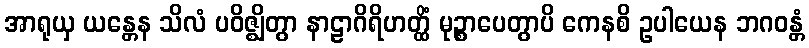
အာရုယှ ယန္တေန သိလံ ပဝိဇ္ဈိတွာ နာဠာဂိရိဟတ္ထိံ မုဉ္စာပေတွာပိ ကေနစိ ဥပါယေန ဘဂဝန္တံ